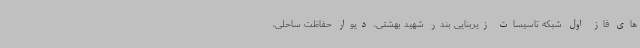
های فاز اول شبکه تاسیسات زیربنایی بندر شهید بهشتی، دیوار حفاظت ساحلی،